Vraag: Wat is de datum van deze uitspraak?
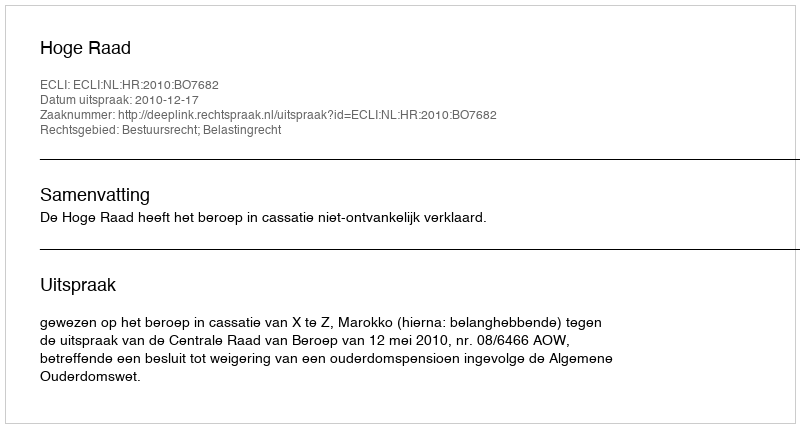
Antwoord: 2010-12-17